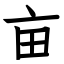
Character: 亩